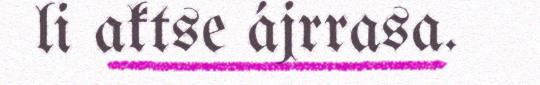
li aktse ájrrasa.